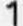
1